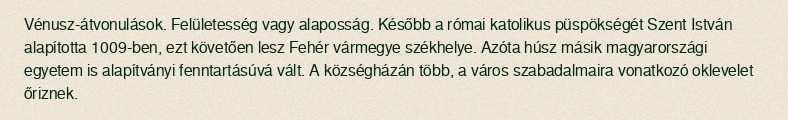
Vénusz-átvonulások. Felületesség vagy alaposság. Később a római katolikus püspökségét Szent István alapította 1009-ben, ezt követően lesz Fehér vármegye székhelye. Azóta húsz másik magyarországi egyetem is alapítványi fenntartásúvá vált. A községházán több, a város szabadalmaira vonatkozó oklevelet őriznek.